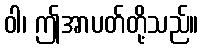
ဝါ၊ ဤအာပတ်တို့သည်။